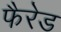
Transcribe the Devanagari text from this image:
फैरेड